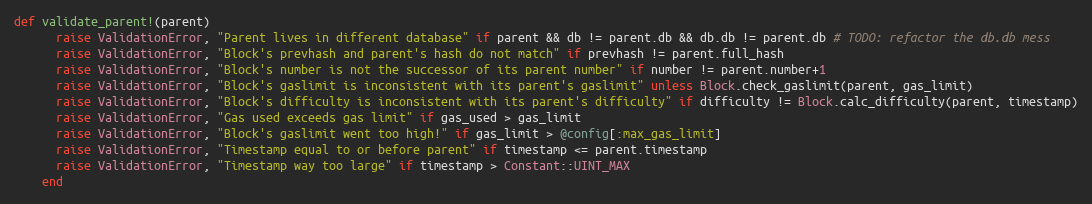
Language: Ruby
def validate_parent!(parent)
      raise ValidationError, "Parent lives in different database" if parent && db != parent.db && db.db != parent.db # TODO: refactor the db.db mess
      raise ValidationError, "Block's prevhash and parent's hash do not match" if prevhash != parent.full_hash
      raise ValidationError, "Block's number is not the successor of its parent number" if number != parent.number+1
      raise ValidationError, "Block's gaslimit is inconsistent with its parent's gaslimit" unless Block.check_gaslimit(parent, gas_limit)
      raise ValidationError, "Block's difficulty is inconsistent with its parent's difficulty" if difficulty != Block.calc_difficulty(parent, timestamp)
      raise ValidationError, "Gas used exceeds gas limit" if gas_used > gas_limit
      raise ValidationError, "Block's gaslimit went too high!" if gas_limit > @config[:max_gas_limit]
      raise ValidationError, "Timestamp equal to or before parent" if timestamp <= parent.timestamp
      raise ValidationError, "Timestamp way too large" if timestamp > Constant::UINT_MAX
    end